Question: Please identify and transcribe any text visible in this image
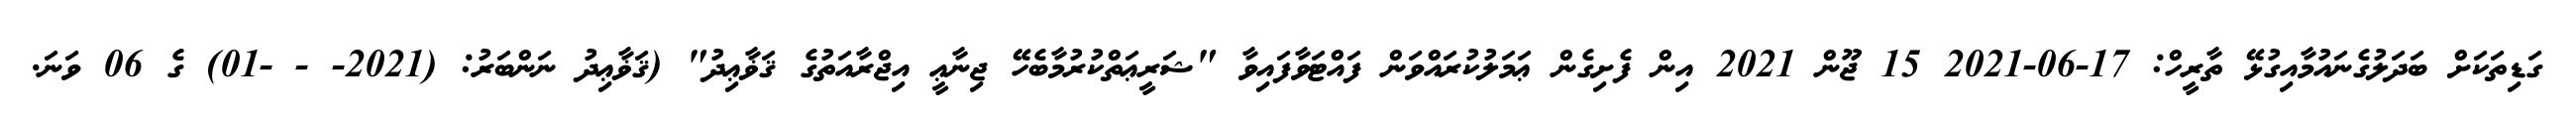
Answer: ގަޑިތަކަށް ބަދަލުގެނައުމާއިގުޅޭ ތާރީހް: 17-06-2021 15 ޖޫން 2021 އިން ފެށިގެން ޢަމަލުކުރައްވަން ފައްޓަވާފައިވާ "ޝަރީޢަތްކުރުމާބެހޭ ޖިނާޢީ އިޖްރާއަތުގެ ޤަޥާޢިދު" (ޤަޥާޢިދު ނަންބަރު: (2021- - -01) ގެ 06 ވަނަ.